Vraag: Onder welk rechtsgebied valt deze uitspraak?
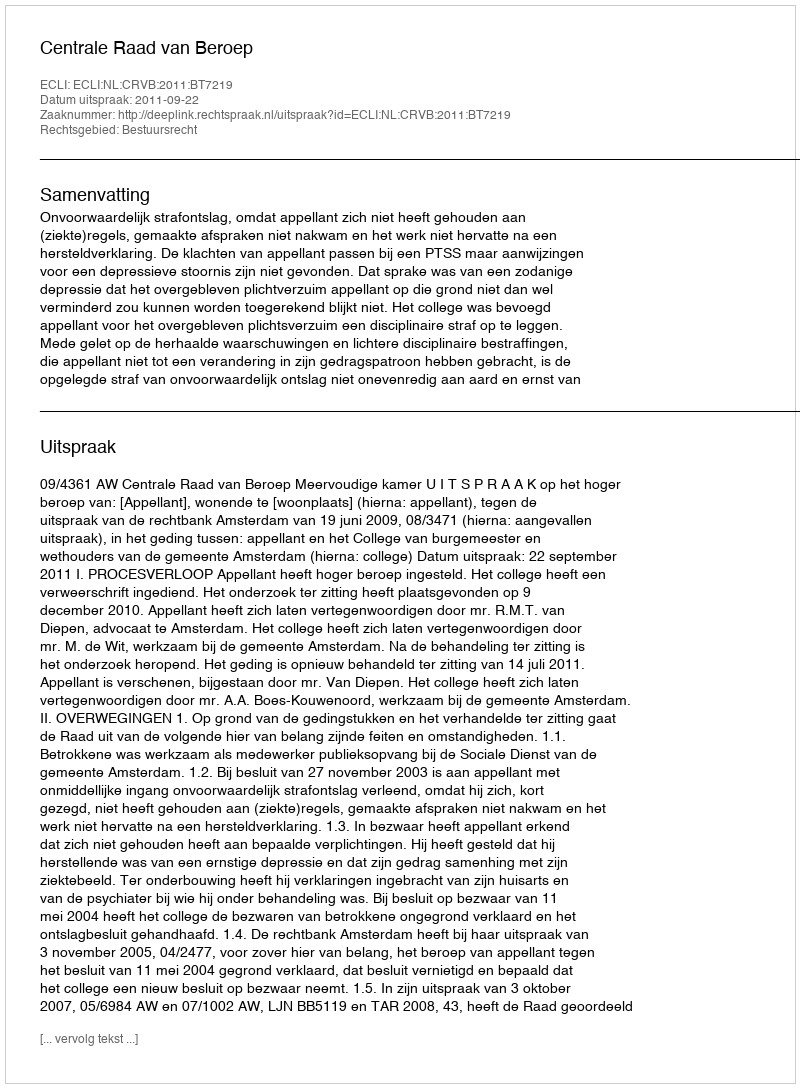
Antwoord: Bestuursrecht